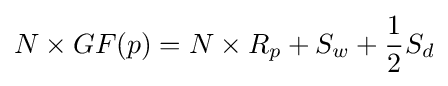
N\times GF(p)=N\times R_{p}+S_{w}+{\frac {1}{2}}S_{d}